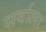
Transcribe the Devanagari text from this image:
सर्वाला